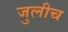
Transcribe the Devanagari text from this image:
जुलीच